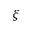
\xi